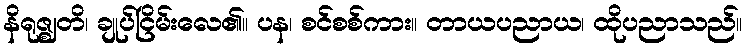
နိရုဇ္ဈတိ၊ ချုပ်ငြိမ်းလေ၏။ ပန၊ စင်စစ်ကား။ တာယပညာယ၊ ထိုပညာသည်။